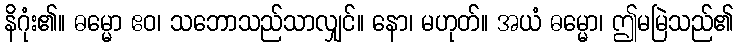
နိဂုံး၏။ ဓမ္မော ဧဝ၊ သဘောသည်သာလျှင်။ နော၊ မဟုတ်။ အယံ ဓမ္မော၊ ဤမမြဲသည်၏